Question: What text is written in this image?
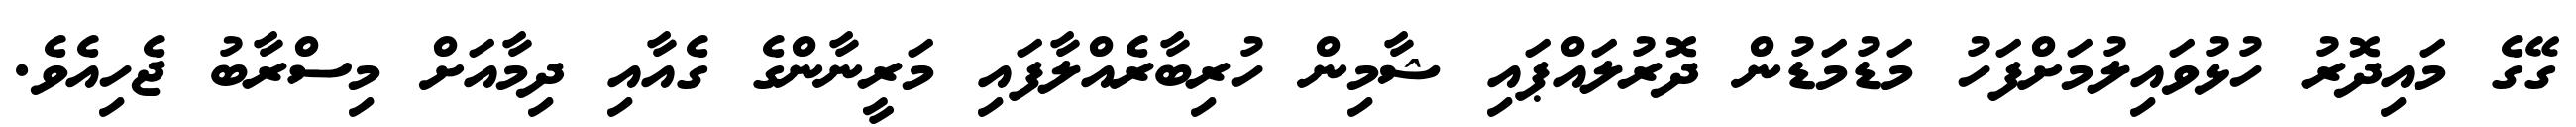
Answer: ގޭގެ މައިދޮރު ހުޅުވައިލުމަށްފަހު މަޑުމަޑުން ދޮރުލައްޕައި ޝާމިން ހުރިބާރެއްލާފައި މަރީނާންގެ ގެއާއި ދިމާއަށް މިސްރާބު ޖެހިއެވެ.